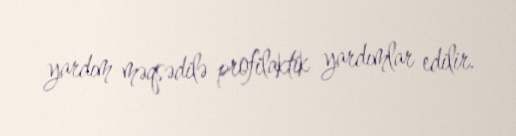
yardım məqsədilə profilaktik yardımlar edilir.